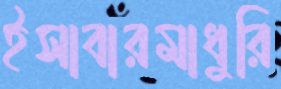
ইসাবারমাধুরি